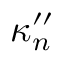
\kappa _ { n } ^ { \prime \prime }